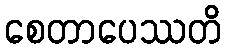
စေတာပေဿတိ